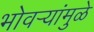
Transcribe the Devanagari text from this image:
भोवर्‍यांमुळे